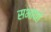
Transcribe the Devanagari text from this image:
सभापते